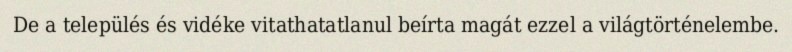
De a település és vidéke vitathatatlanul beírta magát ezzel a világtörténelembe.